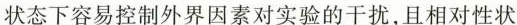
状态下容易控外界因素对实验的干扰，且相对性状